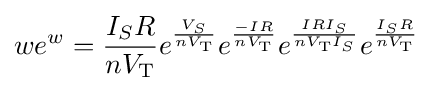
we^{w}={\frac {I_{S}R}{nV_{\text{T}}}}e^{\frac {V_{S}}{nV_{\text{T}}}}e^{\frac {-IR}{nV_{\text{T}}}}e^{\frac {IRI_{S}}{nV_{\text{T}}I_{S}}}e^{\frac {I_{S}R}{nV_{\text{T}}}}